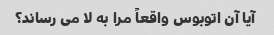
آیا آن اتوبوس واقعاً مرا به لا می رساند؟